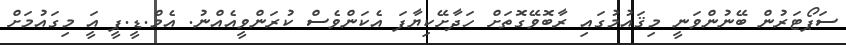
ސަޕޯޓަރުން ބޭނުންވަނީ މިޤައުމުގައި ރާބޮވޭގޮތަށް ހަދާށޭކިޔާފަ އެކަންވެސް ކުރަންވީއެއްނު. އެމް.ޑީ.ޕީ އަީ މިގައުމަށް